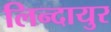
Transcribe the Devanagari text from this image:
लिन्दायुर